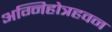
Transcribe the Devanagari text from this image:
अग्निहोत्रहवन